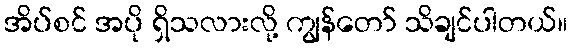
အိပ်စင် အပို ရှိသလားလို့ ကျွန်တော် သိချင်ပါတယ်။